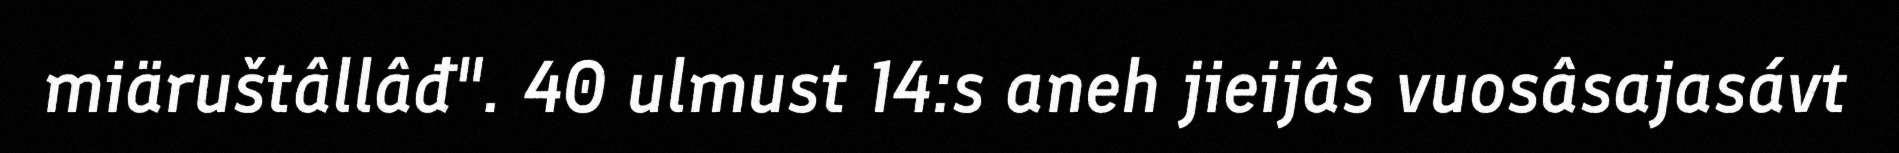
miäruštâllâđ". 40 ulmust 14:s aneh jieijâs vuosâsajasávt